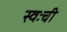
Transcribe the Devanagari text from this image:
स्वःची